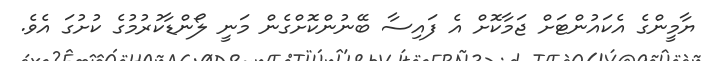
ޔާމީންގެ އެކައުންޓަށް ޖަމާކޮށް އެ ފައިސާ ބޭނުންކޮށްގެން މަނީ ލޯންޑާކުރުމުގެ ކުށުގަ އެވެ.